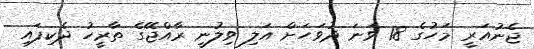
ޖެނުއަރީ މަހުގެ 18 ވަނަ ދުވަހަށް އަލި ވިލުނީ ރާއްޖޭގެ ތާރީހު ދެކިފައި